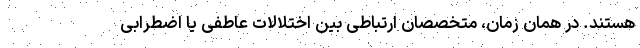
هستند. در همان زمان، متخصصان ارتباطی بین اختلالات عاطفی یا اضطرابی